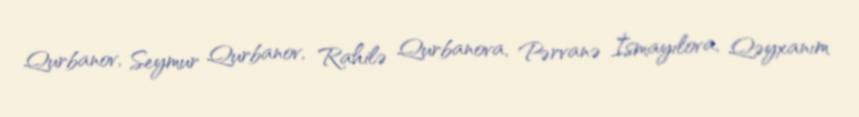
Qurbanov, Seymur Qurbanov, Rahilə Qurbanova, Pərvanə İsmayılova, Qəyxanım